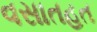
વસાતહત